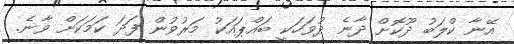
އޭނާ ކްލަބު ދޫކޮށް ދާނެ ދުވަހަކީ ބައްޕައަކު މަރުވުން ފަދަ ކަމަކަށް ވާނެ.